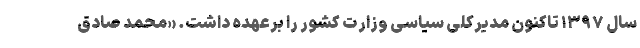
سال ۱۳۹۷ تاکنون مدیرکلی سیاسی وزارت کشور را برعهده داشت. «محمد صادق